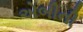
એબીની